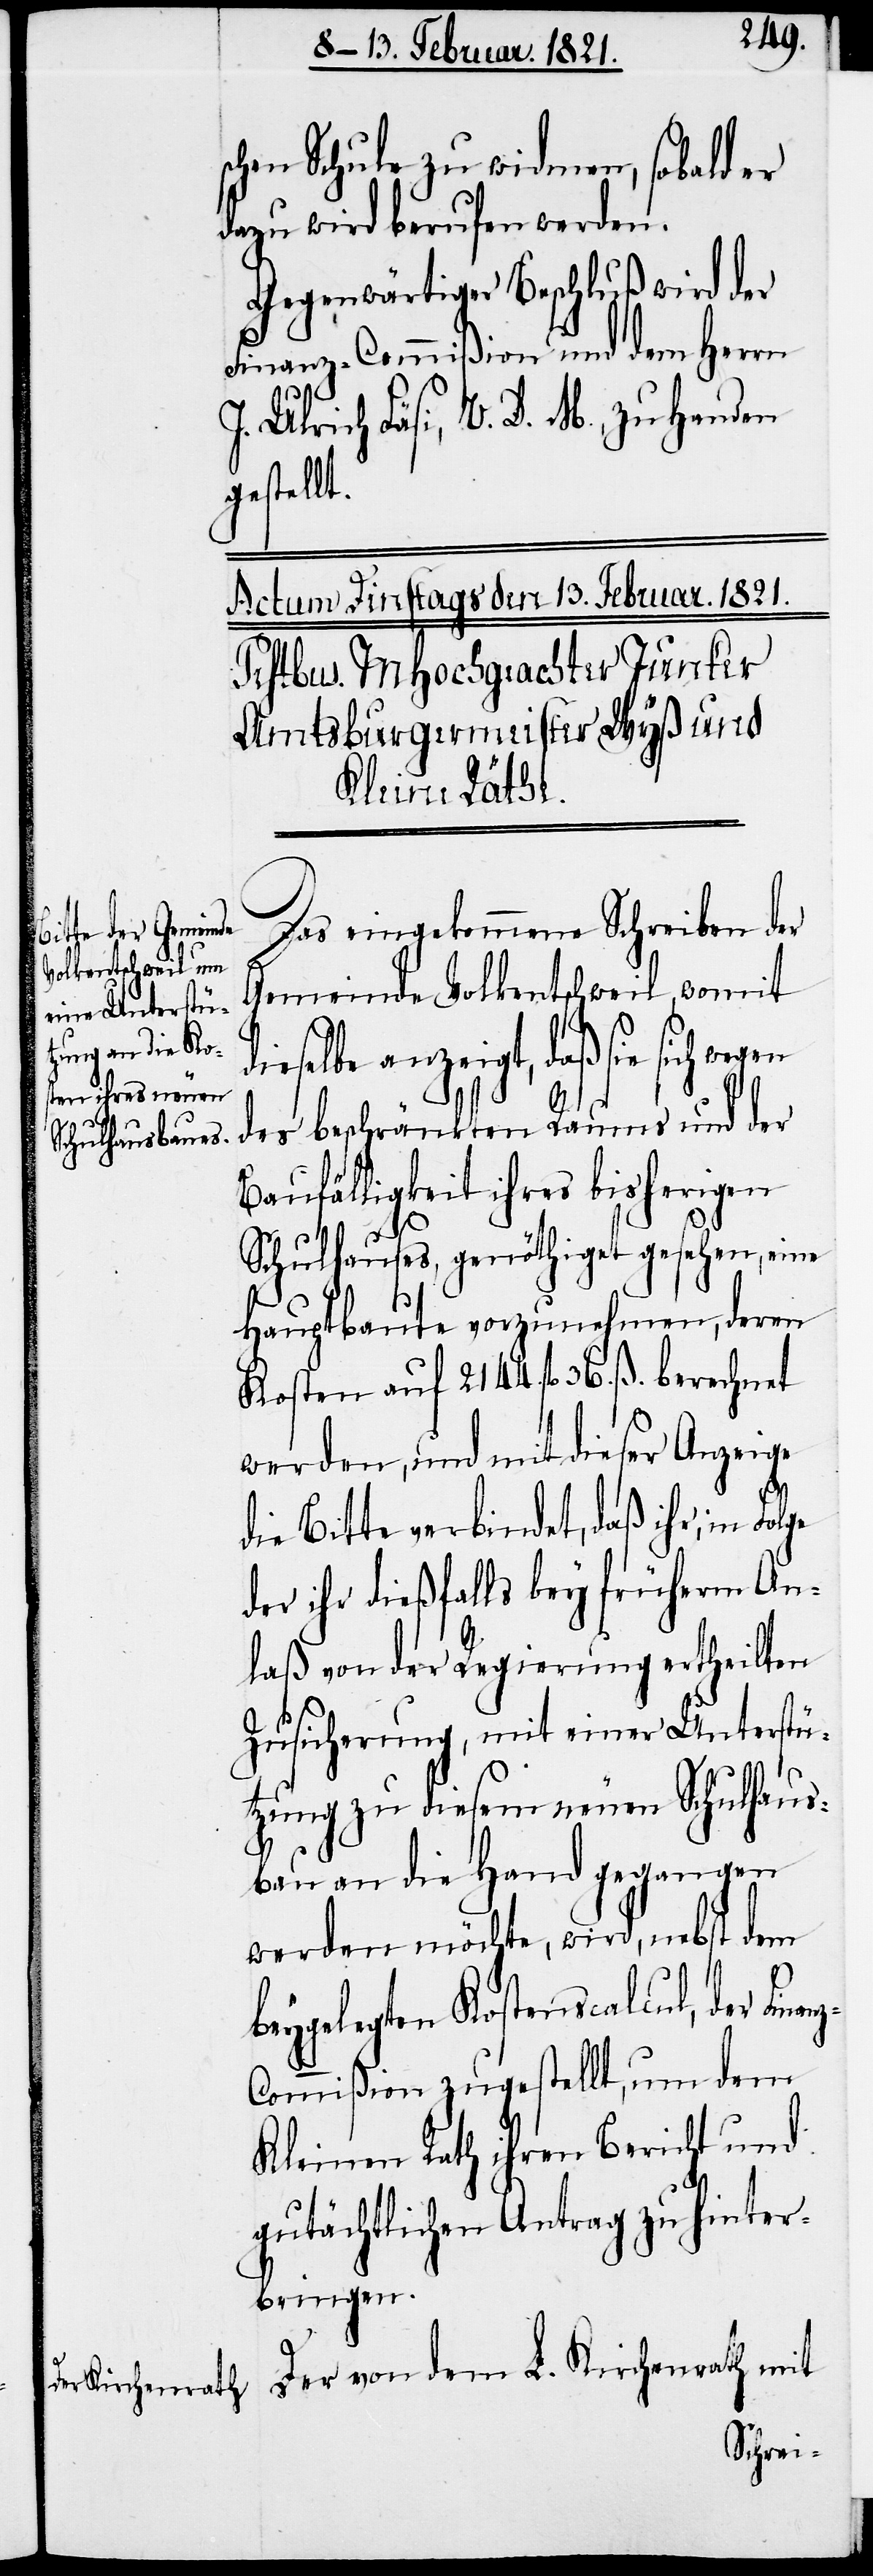
nz-C¬

schen Schule zu widmen, sobald er
dazu wird berufen werden.
Gegenwärtiger Beschluß wird der
Finanz-Commißion und dem Herrn
J. Ulrich Fäsi, V. D. M., zu Handen
gestellt.
Das eingekommene Schreiben der
Gemeinde Volkentschweil, womit
daß sie sich wegen
des beschränkten Raums und der
Baufälligkeit ihres bisherigen
Schulhauses, genöthiget gesehen, eine
Hauptbaute vorzunehmen, deren
Kosten auf 2144. fl. 36. ß. berech¬
werden, und mit dieser Anzeige
die Bitte verbindet, daß ihr, in
der ihr dießfalls bey früherem An¬
laß von der Regierung ertheilten
Zusicherung, mit einer Unterstü¬
tzung zu diesem neuen Schulhaus¬
bau an die Hand gegangen
werden möchte, wird, nebst dem
beygelegten Kostenscalcul, der Fina¬
ommißion zugestellt, um dem
Kleinen Rathe ihren Bericht und
gutächtlichen Antrag zu hinter¬
bringen.
Der von dem L. Kirchenrath mit